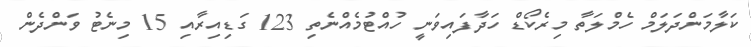
ކަލާމަންދަލަމް ހެމްލަތާ މިރެކޯޑް ހަދާފައިވަނީ ހުއްޓުމެއްނެތި 123 ގަޑިއިރާއި 15 މިނެޓު ވަންދެން